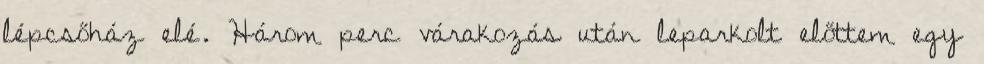
lépcsőház elé. Három perc várakozás után leparkolt előttem egy